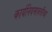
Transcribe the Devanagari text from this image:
कार्यनियमावलीच्या